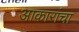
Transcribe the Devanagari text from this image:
आकारांचा